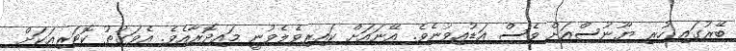
ބޭރުގައި ހުރި ޔޫނުސްއަށް ވެސް އަޑުއިވުނެވެ. އޭނައަށް ކައިރިވެލެވުނީ މައިދޮރާއެވެ. އެވަގުތު ކޮޓަރިއަކަށް